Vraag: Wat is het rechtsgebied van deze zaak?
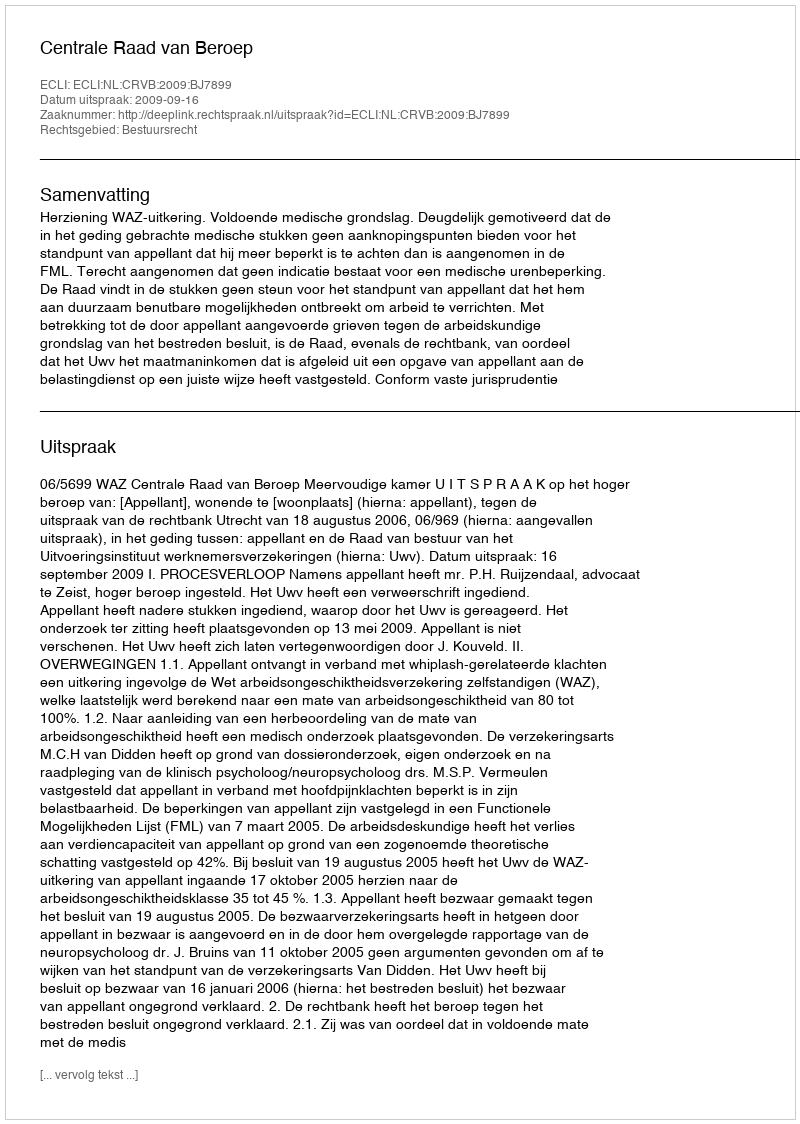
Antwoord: Bestuursrecht